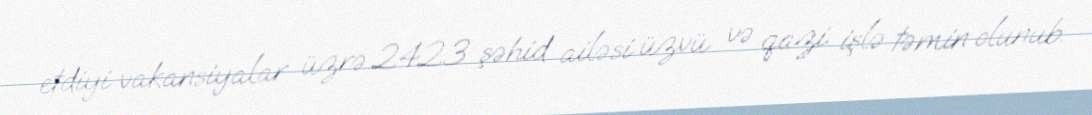
etdiyi vakansiyalar üzrə 2423 şəhid ailəsi üzvü və qazi işlə təmin olunub.